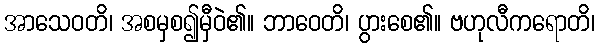
အာသေဝတိ၊ အစမှစ၍မှီဝဲ၏။ ဘာဝေတိ၊ ပွားစေ၏။ ဗဟုလီကရောတိ၊